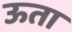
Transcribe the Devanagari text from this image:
ऊता